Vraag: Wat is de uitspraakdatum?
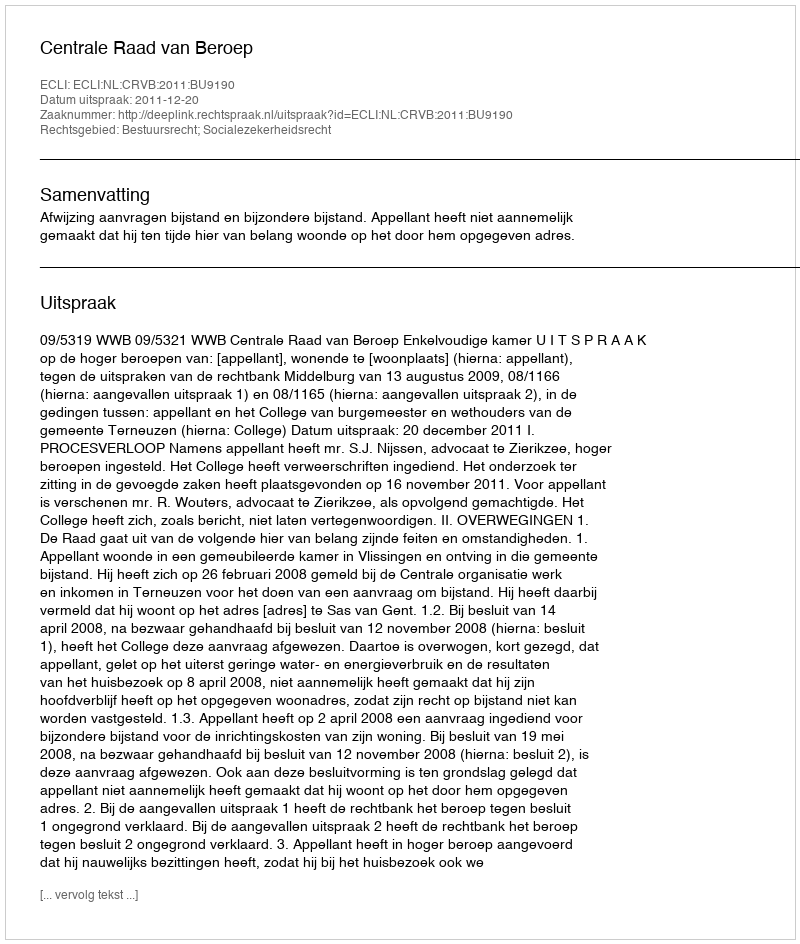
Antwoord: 2011-12-20